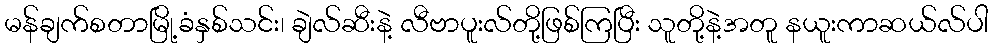
မန်ချက်စတာမြို့ခံနှစ်သင်း၊ ချဲလ်ဆီးနဲ့ လီဗာပူးလ်တို့ဖြစ်ကြပြီး သူတို့နဲ့အတူ နယူးကာဆယ်လ်ပါ